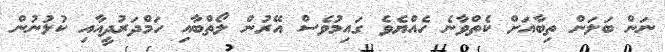
ނަން ބަލަން ތިބާއަށް ކެތްވާނެ ހެއްޔެވެ ގައިމުވެސް އޭރުން ލޯތްބާއި ހަމްދަރުދީއާއި ކުލުނުން